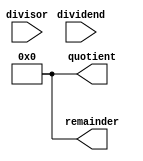
module Divider (
    input [31:0] dividend,
    input [31:0] divisor,
    output [31:0] quotient,
    output [31:0] remainder
);

// Error handling for division by zero
always @* begin
    if (divisor == 0) begin
        quotient <= 0;
        remainder <= 0;
    end
end

// Sequential logic for division
reg [31:0] temp_dividend = dividend;
reg [31:0] temp_divisor = divisor;
reg [31:0] temp_quotient = 0;
reg [31:0] temp_remainder = 0;

always @* begin
    if (divisor != 0) begin
        // Perform division
        temp_quotient <= temp_dividend / temp_divisor;
        temp_remainder <= temp_dividend % temp_divisor;
    end
end

assign quotient = temp_quotient;
assign remainder = temp_remainder;

endmodule